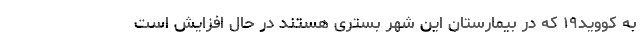
به کووید۱۹ که در بیمارستان این شهر بستری‌ هستند در حال افزایش است